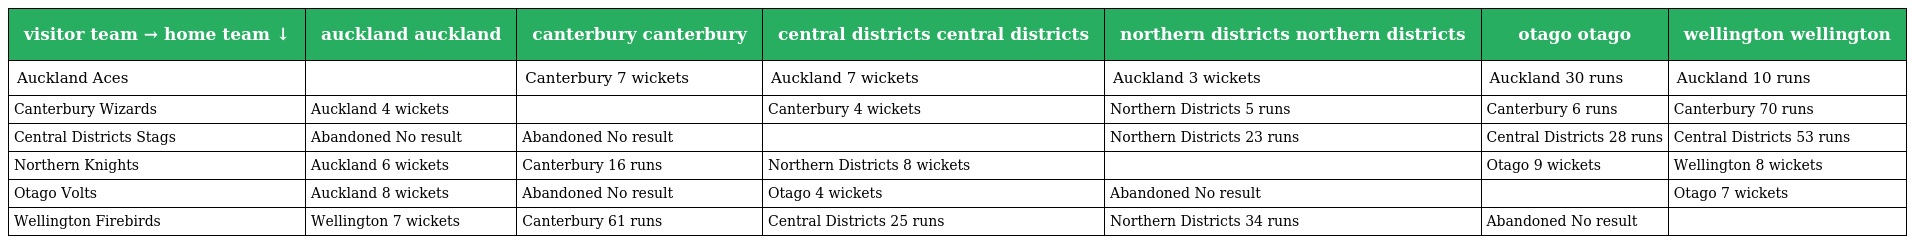
| visitor team → home team ↓ | auckland auckland | canterbury canterbury | central districts central districts | northern districts northern districts | otago otago | wellington wellington |
 | --- | --- | --- | --- | --- | --- | --- |
 | Auckland Aces |  | Canterbury 7 wickets | Auckland 7 wickets | Auckland 3 wickets | Auckland 30 runs | Auckland 10 runs |
 | Canterbury Wizards | Auckland 4 wickets |  | Canterbury 4 wickets | Northern Districts 5 runs | Canterbury 6 runs | Canterbury 70 runs |
 | Central Districts Stags | Abandoned No result | Abandoned No result |  | Northern Districts 23 runs | Central Districts 28 runs | Central Districts 53 runs |
 | Northern Knights | Auckland 6 wickets | Canterbury 16 runs | Northern Districts 8 wickets |  | Otago 9 wickets | Wellington 8 wickets |
 | Otago Volts | Auckland 8 wickets | Abandoned No result | Otago 4 wickets | Abandoned No result |  | Otago 7 wickets |
 | Wellington Firebirds | Wellington 7 wickets | Canterbury 61 runs | Central Districts 25 runs | Northern Districts 34 runs | Abandoned No result |  |